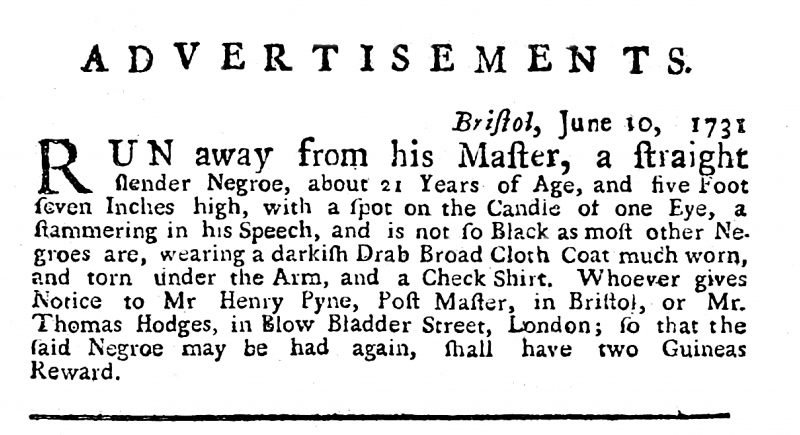
Evening Post, 22 June 1731 (England)
                            Bristol, June 10, 1731RUN away from his Master, a straight slender Negroe, about 21 Years of Age, and five Foot seven Inches high, with a spot on the Candle of one Eye, a stammering in his Speech, and is not so Black as most other Negroes are, wearing a darkish Drab Broad Cloth Coat much worn, and torn under the Arm, and a Check Shirt. Whoever gives Notice to Mr Henry Pyne, Post Master, in Bristol, or to Mr. Thomas Hodges, in Blow Bladder Street, London; so that the said Negroe may be had again, shall have two Guineas Reward.